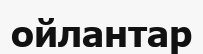
ойлантар